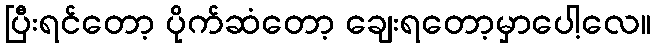
ပြီးရင်တော့ ပိုက်ဆံတော့ ချေးရတော့မှာပေါ့လေ။